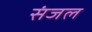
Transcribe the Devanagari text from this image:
संजल